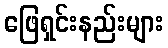
ဖြေရှင်းနည်းများ